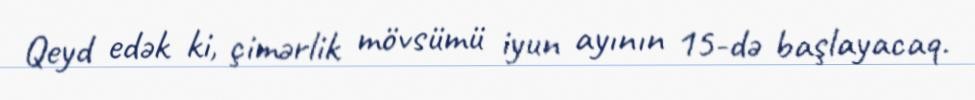
Qeyd edək ki, çimərlik mövsümü iyun ayının 15-də başlayacaq.